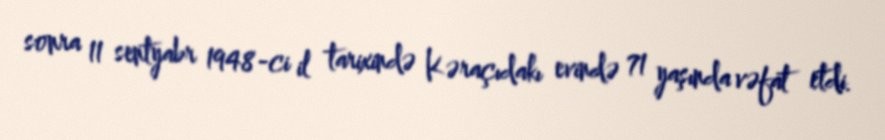
sonra 11 sentyabr 1948-ci il tarixində Kəraçıdakı evində 71 yaşında vəfat etdi.